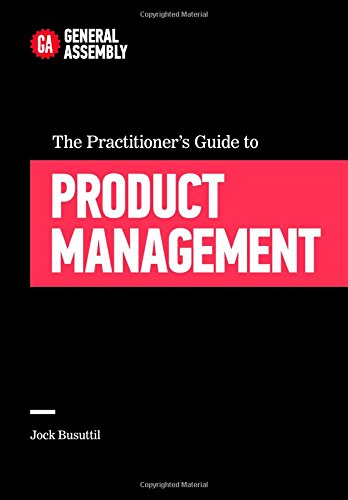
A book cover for The Practitioner's Guide to Product Management; Jock Busuttil; Business & Money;